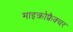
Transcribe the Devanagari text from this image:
माइक्रोफ्रैक्चर